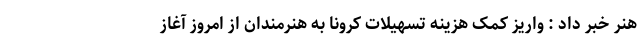
هنر خبر داد : واریز کمک هزینه تسهیلات کرونا به هنرمندان از امروز آغاز